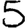
Digit: 5